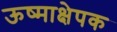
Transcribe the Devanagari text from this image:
ऊष्माक्षेपक